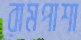
রামপাশা